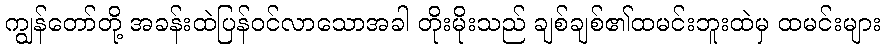
ကျွန်တော်တို့ အခန်းထဲပြန်ဝင်လာသောအခါ တိုးမိုးသည် ချစ်ချစ်၏ထမင်းဘူးထဲမှ ထမင်းများ